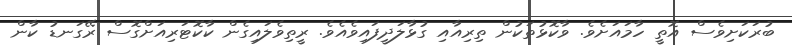
ބުރަކަށިވެސް އޮތީ ހާމައަށެވެ. ވާކޮޅުތަކުން ތިރިއާއި ގުޅާލަދީފައިވެއެވެ. ރީތިވެލައިގެން ކާކޮޓަރިއަށްގޮސް ރޭގަނޑު ކާން